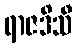
ရာဇဒိသီ